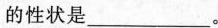
的性状是___。